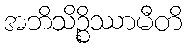
အဘိသိဉ္စိဿာမီတိ